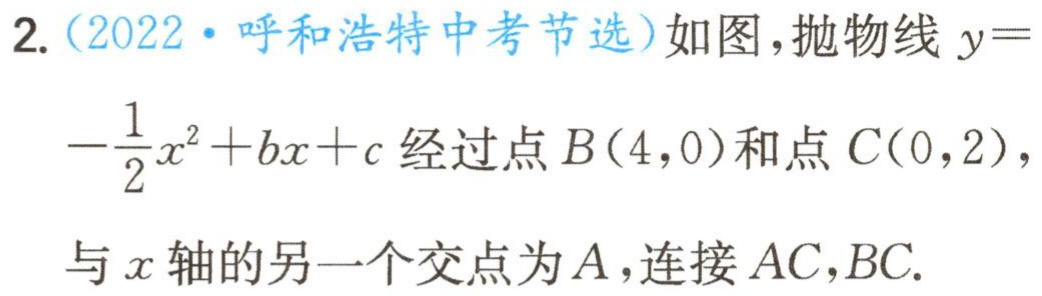
2.（2022·呼和浩特中考节选）如图，抛物线\(y =-\frac{1}{2}x^{2}+bx + c\)经过点\(B(4,0)\)和点\(C(0,2)\)，与\(x\)轴的另一个交点为\(A\)，连接\(AC,BC\).